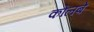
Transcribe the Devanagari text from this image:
कोलबे